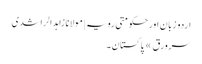
اردو زبان اور حکومتی رویہ | مولانا زاہد الراشدی
سرورق » پاکستان ۔